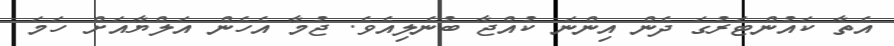
އެތާ ކައުންޓަރުގަ ދެން އިންނަ ކުއްޖާ ބުނެލިއެވެ. ޖުމާ އެހެން އަލްޔާއަށް ހަމަ